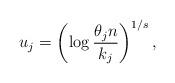
LaTeX: \begin{align*}u_j = \left( \log{ \frac{\theta_j n}{k_j} } \right)^{1/s},\end{align*}